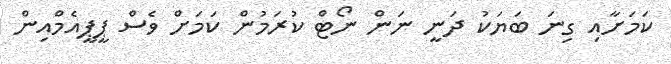
ކަމަށާއި ގިނަ ބަޔަކު ދަނީ ނަން ނޯޓް ކުރަމުން ކަމަށް ވެސް ޕީޕީއެމްއިން